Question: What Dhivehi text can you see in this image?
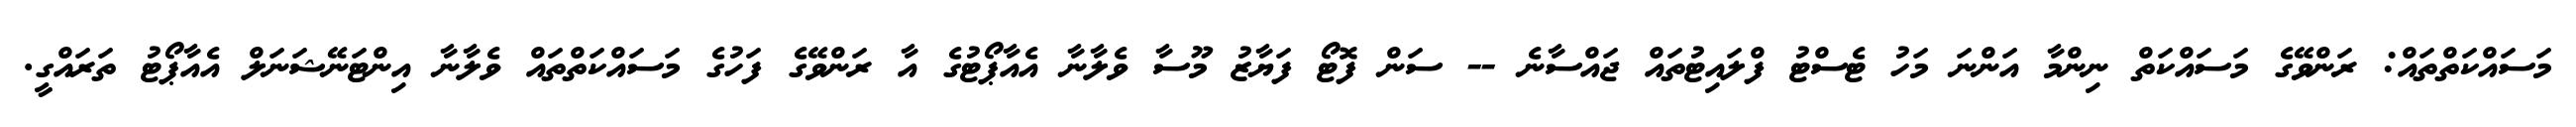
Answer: މަސައްކަތްތައް: ރަންވޭގެ މަސައްކަތް ނިންމާ އަންނަ މަހު ޓެސްޓު ފްލައިޓުތައް ޖައްސާނެ -- ސަން ފޮޓޯ ފަޔާޒު މޫސާ ވެލާނާ އެއާޕޯޓުގެ އާ ރަންވޭގެ ފަހުގެ މަސައްކަތްތައް ވެލާނާ އިންޓަނޭޝަނަލް އެއާޕޯޓު ތަރައްގީ.